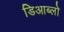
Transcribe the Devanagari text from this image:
डिआब्लो